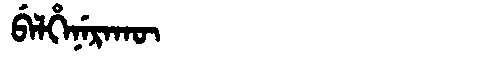
Manchu: ᠪᡝᠯᡥᡝᠨᡝᡵᠠᡴᡡ
Romanization: BELHENERAKŪ